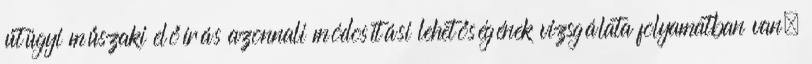
útügyi műszaki előírás azonnali módosítási lehetőségének vizsgálata folyamatban van,